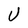
Character: U